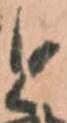
と